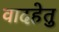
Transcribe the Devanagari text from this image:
वादहेतु